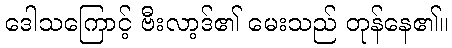
ဒေါသကြောင့် ဗီးလာ့ဒ်၏ မေးသည် တုန်နေ၏။